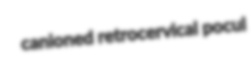
canioned retrocervical pocul